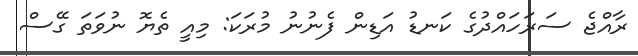
ރާއްޖެ ސަރަހައްދުގެ ކަނޑު އަޑިން ފެނުނު މުރަކަ: މިއީ ތެޔޮ ނުވަތަ ގޭސް